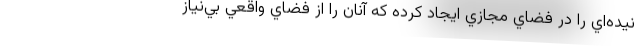
نيده‌اي را در فضاي مجازي ايجاد كرده كه آنان را از فضاي واقعي بي‌نياز